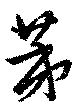
荑